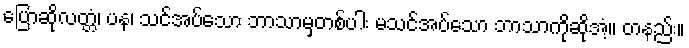
ပြောဆိုလတ္တံ၊ ပန၊ သင်အပ်သော ဘာသာမှတစ်ပါး မသင်အပ်သော ဘာသာကိုဆိုအံ့။ တနည်း။